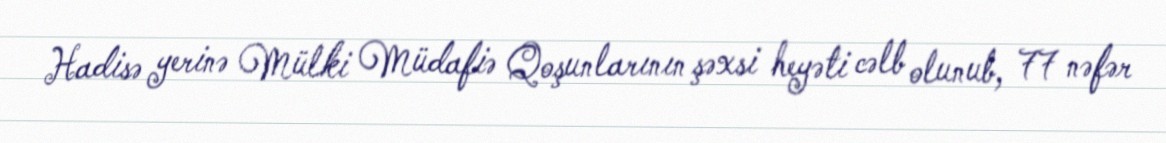
Hadisə yerinə Mülki Müdafiə Qoşunlarının şəxsi heyəti cəlb olunub, 77 nəfər